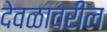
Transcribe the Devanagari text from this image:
देवळावरील